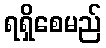
ရရှိစေမည်